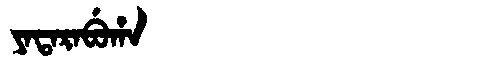
Manchu: ᠶᠠᡨᠠᡵᠠᠪᡠᡥᠠ
Romanization: YATARABUHA